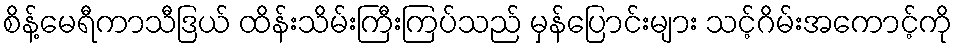
စိန့်မေရီကာသီဒြယ် ထိန်းသိမ်းကြီးကြပ်သည် မှန်ပြောင်းများ သင့်ဂိမ်းအကောင့်ကို